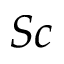
S c